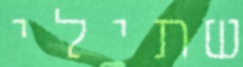
שתילי